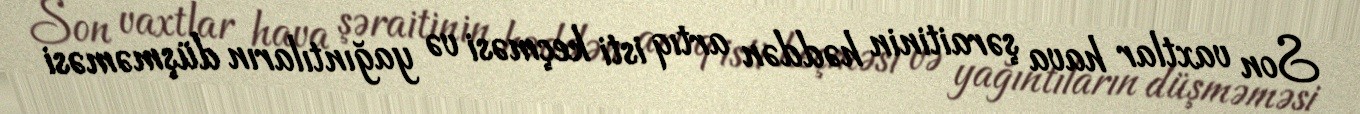
Son vaxtlar hava şəraitinin həddən artıq isti keçməsi və yağıntıların düşməməsi